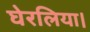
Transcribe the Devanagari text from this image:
घेरलिया।